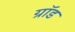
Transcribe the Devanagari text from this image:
ग्रॉड